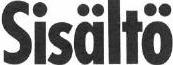
Sisältö